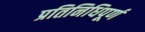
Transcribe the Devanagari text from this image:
प्रतिनिधिपूर्ण